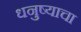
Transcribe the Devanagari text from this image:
धनुष्याचा